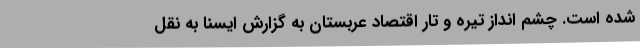
شده است. چشم انداز تیره و تار اقتصاد عربستان به گزارش ایسنا به نقل